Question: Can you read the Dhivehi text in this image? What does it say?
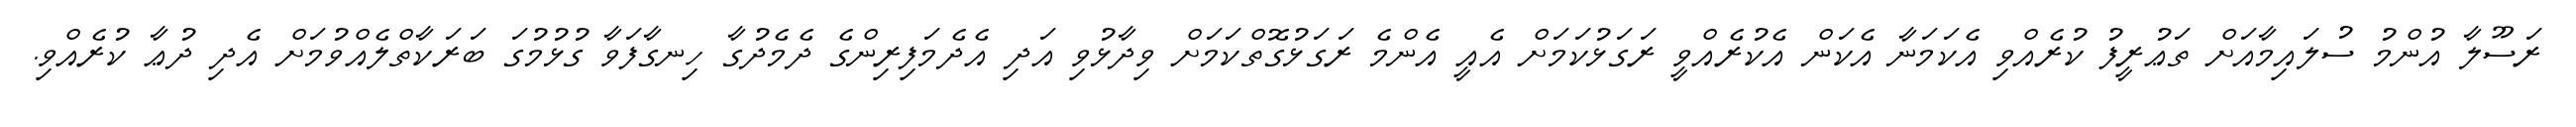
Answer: ރަސޫލާ އުންމު ސުލައިމާއަށް ތަޢުރީފު ކުރެއްވި އެކަމަނާ އެކަން އެކުރެއްވީ ރަގަޅުކަމަށް އެއީ އެންމެ ރަގަޅުގޮތްކަމަށް ވިދާޅުވި އަދި އެދެމަފިރިންގެ ދެމެދުގާ ހިނގާފަވާ ގުޅުމުގަ ބަރަކާތްލެއްވުމަށް އެދި ދުޢާ ކުރެއްވި.